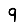
Digit: 9